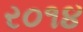
ર૦૧૪